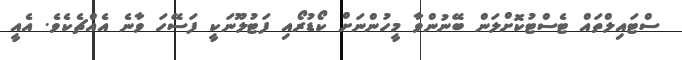
ސްޓައިލްތައް ޓެސްޓުކޮށްލަން ބޭނުންވާ މީހުންނަށް ކޯޑުރޯއި ފަޓުލޫނަކީ ފަސޭހަ ވާނެ އެއްޗެކެވެ. އެއީ